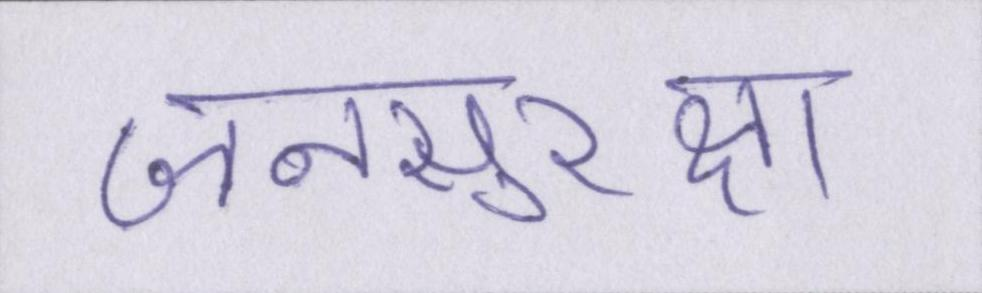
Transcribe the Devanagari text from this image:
जनसुरक्षा